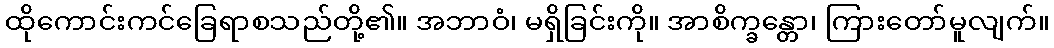
ထိုကောင်းကင်ခြေရာစသည်တို့၏။ အဘာဝံ၊ မရှိခြင်းကို။ အာစိက္ခန္တော၊ ကြားတော်မူလျက်။